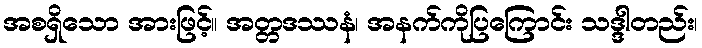
အစရှိသော အားဖြင့်။ အတ္တဒဿနံ၊ အနက်ကိုပြကြောင်း သဒ္ဒါတည်း၊